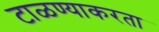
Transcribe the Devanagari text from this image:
टाळण्याकरता